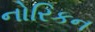
નોરિકન